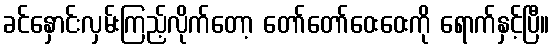
ခင်နှောင်းလှမ်းကြည့်လိုက်တော့ တော်တော်ဝေးဝေးကို ရောက်နှင့်ပြီ။